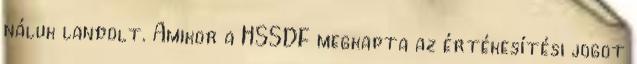
náluk landolt. Amikor a HSSDF megkapta az értékesítési jogot